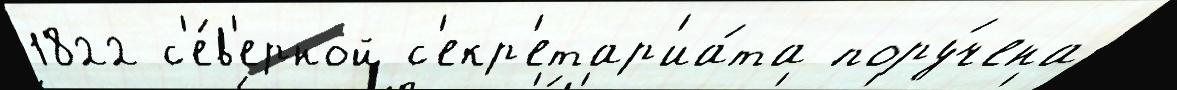
1822 с'е́в'ерной с'екр'етар'иа́та пору́чена